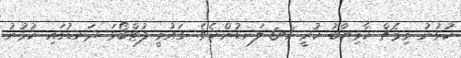
ކުޅުނު މިމެޗް ކާމިޔާބު ކުރީ 1-0 ލަނޑުންނެވެ. ގައުމީ ފުޓްބޯޅަ ދަނޑުގައި ކުޅުނު